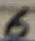
Text: 6